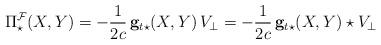
LaTeX: \begin{align*}\Pi^\mathcal{F}_\star(X,Y)=-\frac {1}{2c}\,\mathbf{g}_{t\star}(X,Y)\,V_\perp=-\frac {1}{2c}\,\mathbf{g}_{t\star}(X,Y)\star V_\perp\end{align*}